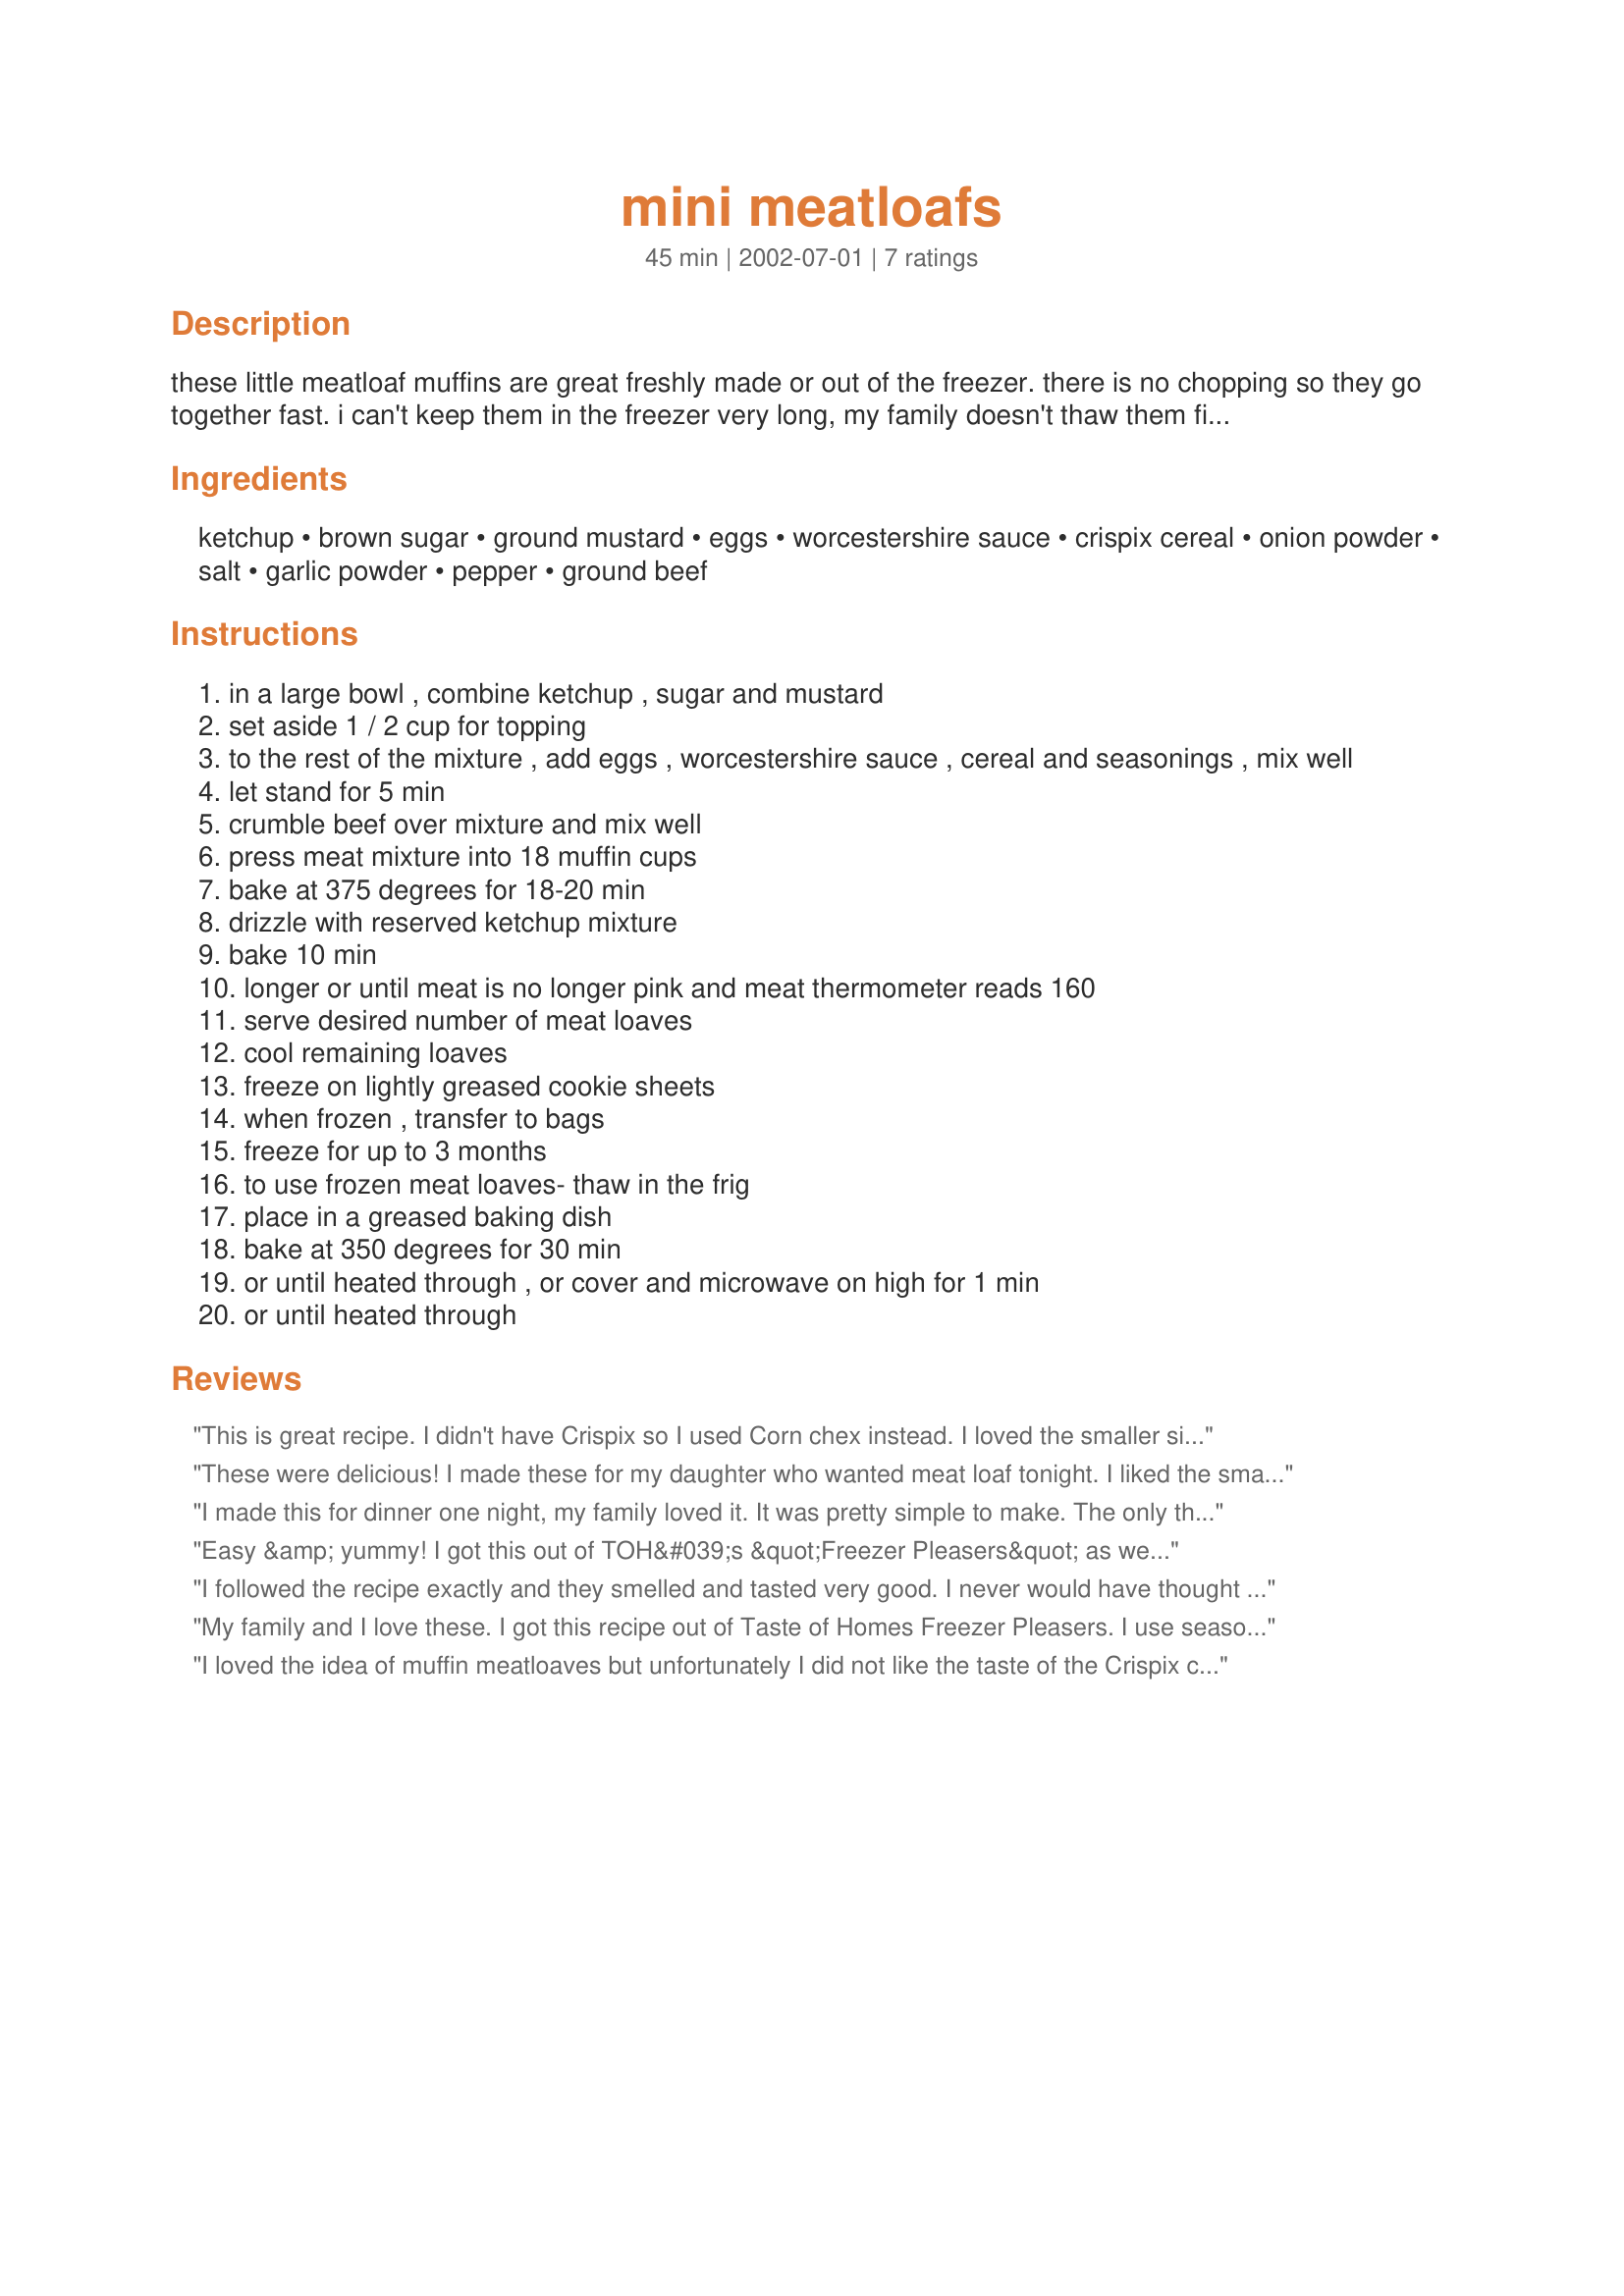
mini meatloafs
Preparation time: 45 minutes

these little meatloaf muffins are great freshly made or out of the freezer. there is no chopping so they go together fast. i can't keep them in the freezer very long, my family doesn't thaw them first, they just pop them in the microwave till their hot. they are a fast meal or snack.

Ingredients:
ketchup, brown sugar, ground mustard, eggs, worcestershire sauce, crispix cereal, onion powder, salt, garlic powder, pepper, ground beef

Steps:
in a large bowl , combine ketchup , sugar and mustard
set aside 1 / 2 cup for topping
to the rest of the mixture , add eggs , worcestershire sauce , cereal and seasonings , mix well
let stand for 5 min
crumble beef over mixture and mix well
press meat mixture into 18 muffin cups
bake at 375 degrees for 18-20 min
drizzle with reserved ketchup mixture
bake 10 min
longer or until meat is no longer pink and meat thermometer reads 160
serve desired number of meat loaves
cool remaining loaves
freeze on lightly greased cookie sheets
when frozen , transfer to bags
freeze for up to 3 months
to use frozen meat loaves- thaw in the frig
place in a greased baking dish
bake at 350 degrees for 30 min
or until heated through , or cover and microwave on high for 1 min
or until heated through

Reviews:
This is great recipe. I didn't have Crispix so I used Corn chex instead. I loved the smaller size, they cook quicker so it is something I can make after getting home from work. Thanks for posting.
These were delicious! I made these for my daughter who wanted meat loaf tonight. I liked the smaller size for something different. The advantage is they cook much faster than a larger meat loaf. I used corn chex instead of Crispix which worked out fine. I also made it with one pound of ground beef instead of the 3 pounds so I adjusted the recipe to 1/3. I did add about 1/4 cup of milk (3/4 for a full recipe) to add some moisture and they turned out perfect. Nice and tender - great falvor! I loved the ketchup topping. I actually microwaved it a little before adding the dollups on top. This will definitely be a repeat in our family. I got 8 cupcake portions out of the 1 pound of beef. Next time I think I will double so I can freeze some as you suggeste.
I made this for dinner one night, my family loved it. It was pretty simple to make. The only thing I didn't use from the recipe was the cereal, I didn't find it. But it still came out good. I will definitely make it again.
Easy &amp; yummy! I got this out of TOH&#039;s &quot;Freezer Pleasers&quot; as well. I didn&#039;t have Crispix so I used breadcrumbs. Ate 1 for lunch and froze the rest -- very excited about having these on hand for busy nights! Thank you for posting it! :) It is a keeper, for sure!
I followed the recipe exactly and they smelled and tasted very good. I never would have thought of using Crispix - I'll use it again in my main meatloaf recipe because it has less salt than bread crumbs purchased in the grocery. However, I found these a little dry and difficult to remove from the pans. Next time, I will oil the pans more heavily and cook them less time. Thanks for posting.
My family and I love these. I got this recipe out of Taste of Homes Freezer Pleasers. I use seasoning salt instead of regular salt but otherwise followed the recipe as written. They are tasty little meatloaves with just a touch of sweetness.
I loved the idea of muffin meatloaves but unfortunately I did not like the taste of the Crispix cereal.
